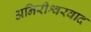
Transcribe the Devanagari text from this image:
अनिरीश्वरवाद